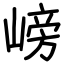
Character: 嵭